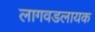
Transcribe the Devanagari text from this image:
लागवडलायक